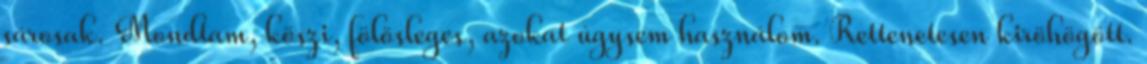
sárosak. Mondtam, köszi, fölösleges, azokat úgysem használom. Rettenetesen kiröhögött.